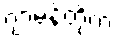
ဂျာမန်တို့က